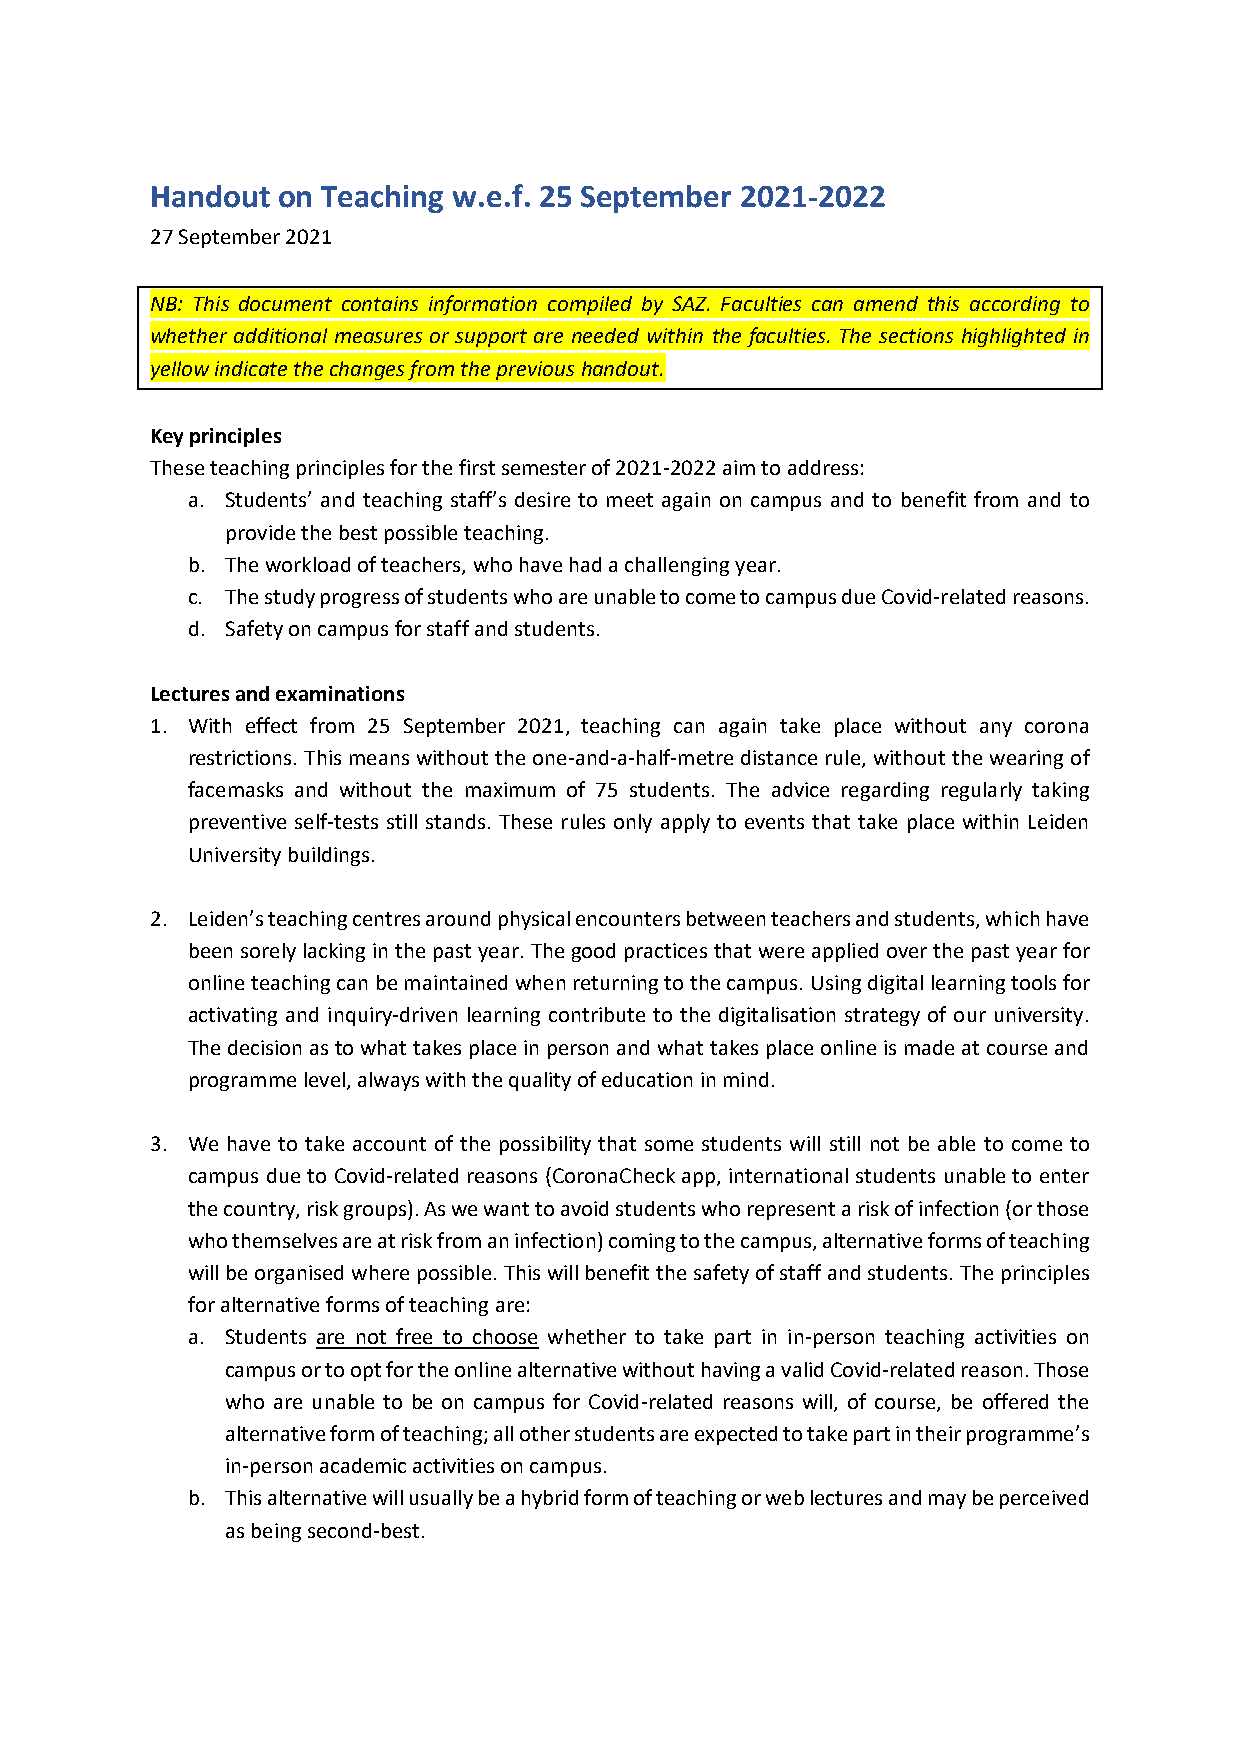
Handout on Teaching w.e.f. 25 September 2021-2022
 27 September 2021
 NB: This document contains information compiled by SAZ. Faculties can amend this according to
 whether additional measures or support are needed within the faculties. The sections highlighted in
 yellow indicate the changes from the previous handout.
 Key principles
 These teaching principles for the first semester of 2021-2022 aim to address:
 a. Students’ and teaching staff’s desire to meet again on campus and to benefit from and to
 provide the best possible teaching.
 b. The workload of teachers, who have had a challenging year.
 c. The study progress of students who are unable to come to campus due Covid-related reasons.
 d. Safety on campus for staff and students.
 Lectures and examinations
 1. With effect from 25 September 2021, teaching can again take place without any corona
 restrictions. This means without the one-and-a-half-metre distance rule, without the wearing of
 facemasks and without the maximum of 75 students. The advice regarding regularly taking
 preventive self-tests still stands. These rules only apply to events that take place within Leiden
 University buildings.
 2. Leiden’s teaching centres around physical encounters between teachers and students, which have
 been sorely lacking in the past year. The good practices that were applied over the past year for
 online teaching can be maintained when returning to the campus. Using digital learning tools for
 activating and inquiry-driven learning contribute to the digitalisation strategy of our university.
 The decision as to what takes place in person and what takes place online is made at course and
 programme level, always with the quality of education in mind.
 3. We have to take account of the possibility that some students will still not be able to come to
 campus due to Covid-related reasons (CoronaCheck app, international students unable to enter
 the country, risk groups). As we want to avoid students who represent a risk of infection (or those
 who themselves are at risk from an infection) coming to the campus, alternative forms of teaching
 will be organised where possible. This will benefit the safety of staff and students. The principles
 for alternative forms of teaching are:
 a. Students are not free to choose whether to take part in in-person teaching activities on
 campus or to opt for the online alternative without having a valid Covid-related reason. Those
 who are unable to be on campus for Covid-related reasons will, of course, be offered the
 alternative form of teaching; all other students are expected to take part in their programme’s
 in-person academic activities on campus.
 b. This alternative will usually be a hybrid form of teaching or web lectures and may be perceived
 as being second-best.